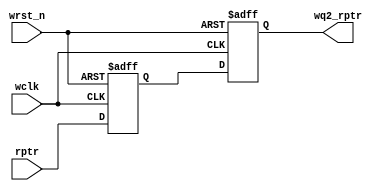
`timescale 1ns / 1ps
//////////////////////////////////////////////////////////////////////////////////
// Company: 
// Engineer: 
// 
// Design Name: 
// Module Name:    sync_r2w 
// Project Name: 
// Target Devices: 
// Tool versions: 
// Description: 
//
// Dependencies: 
//
// Revision: 
// Revision 0.01 - File Created
// Additional Comments: 
//
//////////////////////////////////////////////////////////////////////////////////
module sync_r2w_2 #(parameter ADDRSIZE = 7)
(output reg [ADDRSIZE:0] wq2_rptr,
input [ADDRSIZE:0] rptr,
input wclk, wrst_n);
reg [ADDRSIZE:0] wq1_rptr;
always @(posedge wclk or negedge wrst_n)
if (!wrst_n) {wq2_rptr,wq1_rptr} <= 0;
else {wq2_rptr,wq1_rptr} <= {wq1_rptr,rptr};
endmodule